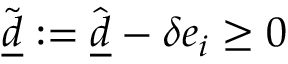
\tilde { \underline { d } } : = \hat { \underline { d } } - \delta e _ { i } \geq 0